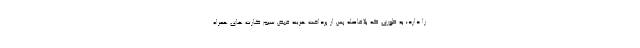
را دارد؛ به طوری که بلافاصله پس از پرداخت هزینه قبض سیم کارت های همراه